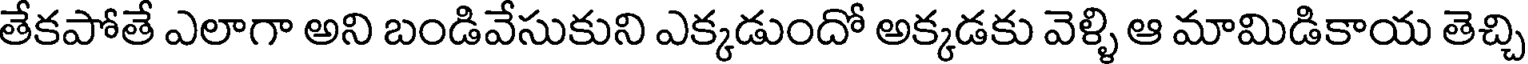
తేకపోతే ఎలాగా అని బండివేసుకుని ఎక్కడుందో అక్కడకు వెళ్ళి ఆ మామిడికాయ తెచ్చి